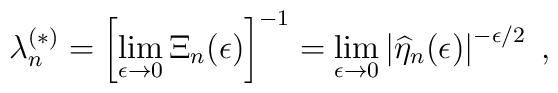
\lambda^{(\ast)}_{n} = \left[\lim_{\epsilon\rightarrow 0}\Xi_{n}(\epsilon)\right]^{-1}= \lim_{\epsilon\rightarrow0} \left| \widehat{\eta}_{n}(\epsilon)\right|^{-\epsilon/2}\;  ,